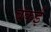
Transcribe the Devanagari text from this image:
बंकई